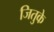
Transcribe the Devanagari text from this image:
जितुके